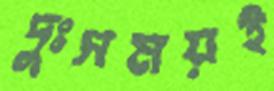
দুঃসময়ই